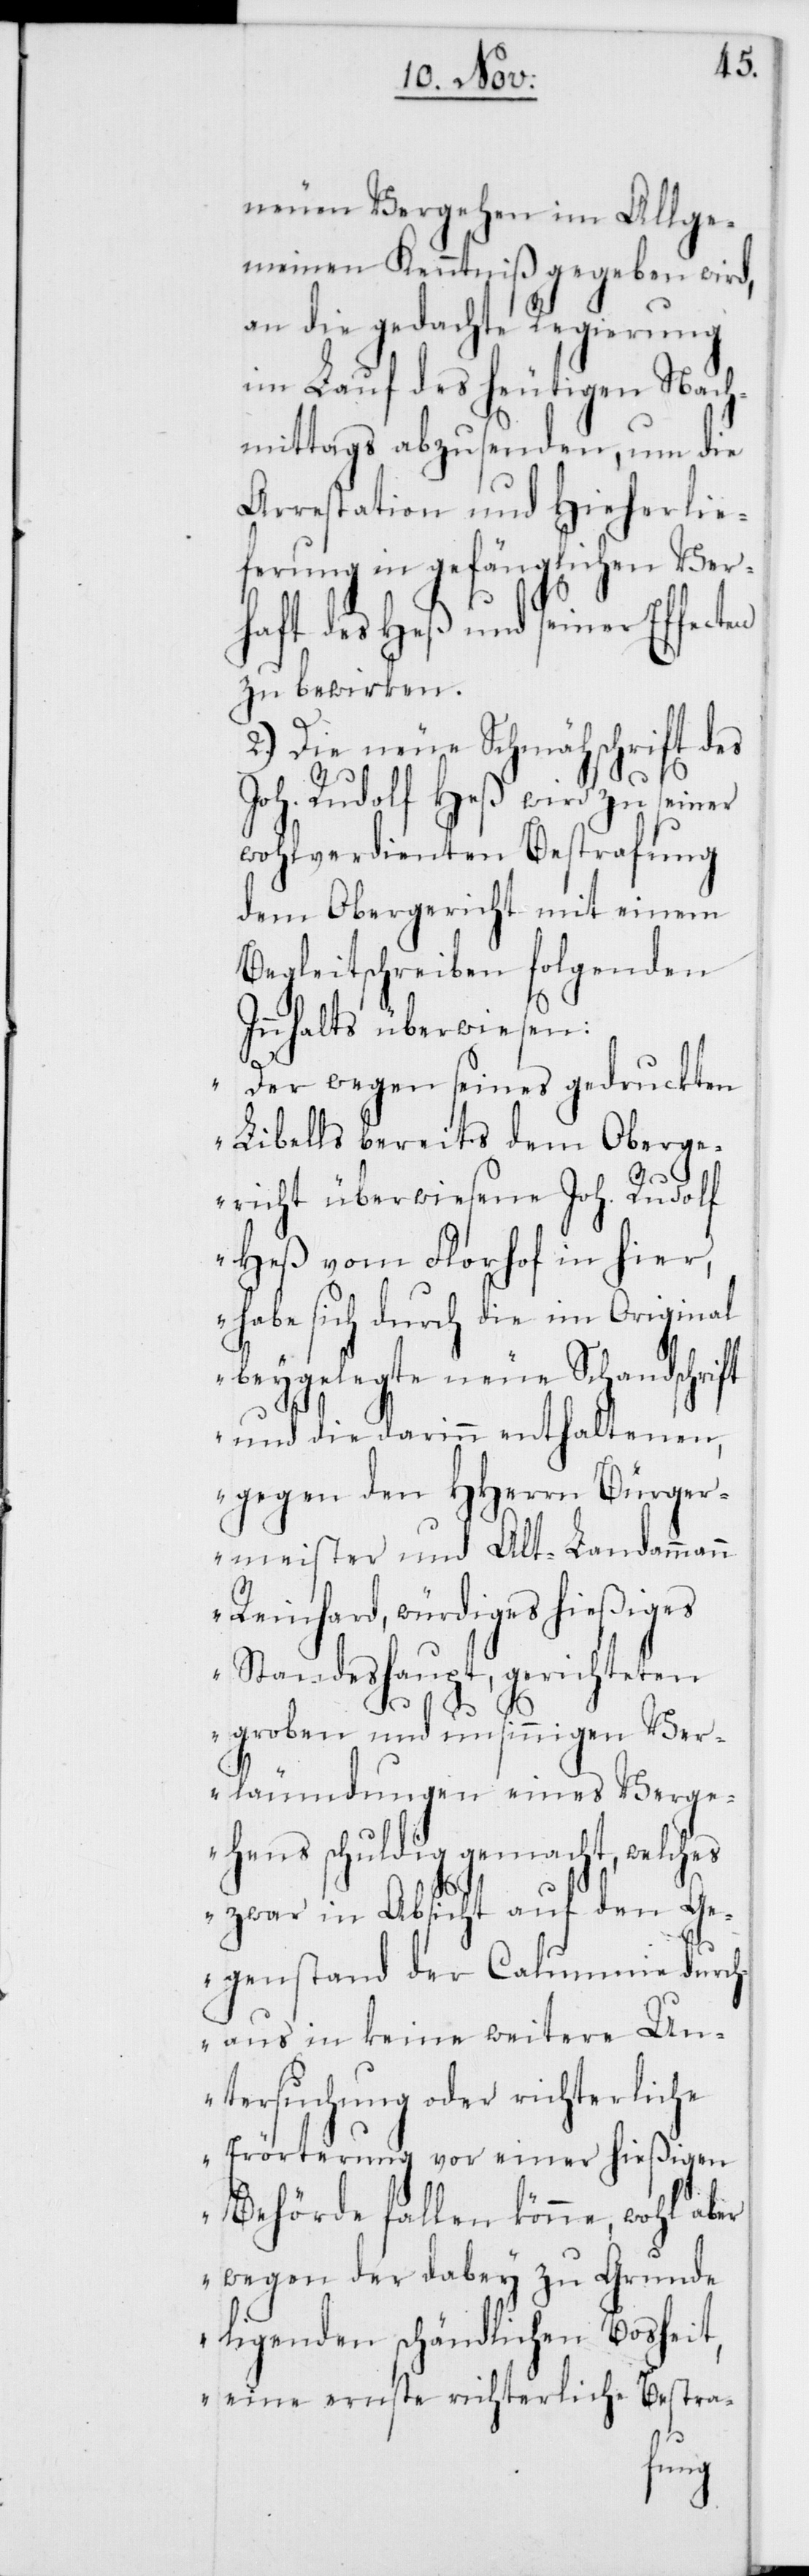
neuen Vergehen im Allge¬
meinen Kenntniß gegeben wird,
an die gedachte Regierung
im Lauf des heutigen Nach¬
mittags abzusenden, um die
Arrestation und Hieherlie¬
ferung in gefänglichen Ver¬
haft des Heß und seiner Effec¬
zu bewirken.
2.) Die neue Schmähschrift des
Joh. Rudolf Heß wird zu seiner
wohlverdienten Bestrafung
dem Obergericht mit einem
Begleitschreiben folgenden
Innhalts überwiesen:
„Der wegen seines gedruckten
Libells bereits dem Oberge¬
richt überwiesene Joh. Rudolf
Heß vom Florhof in hier,
habe sich durch die im Original
beygelegte neue Schandschrift
und die darinn enthaltenen,
gegen den HHerrn Bürger¬
meister und Alt-Landammann
Reinhard, würdiges hießiges
Standeshaupt, gerichteten
ten
groben und unsinnigen Ver¬
läumdungen eines Verge¬
hens schuldig gemacht, welches
zwar in Absicht auf den Ge¬
genstand der Calumnie durch¬
aus in keine weitere Un¬
tersuchung oder richterliche
Erörterung vor einer hießigen
Behörde fallen könne, wohl aber
wegen der dabey zu Grunde
ligenden schändlichen Bosheit,
eine ernste richterliche Bestra-